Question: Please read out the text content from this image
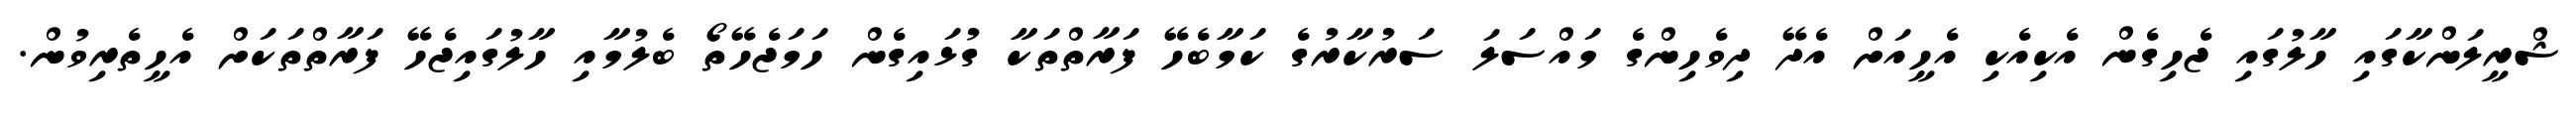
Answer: ޝްރީލަންކާގައި ހާލުގައި ޖެހިގެން އެކިއެކި އެހީއަށް އެދޭ ދިވެހިންގެ މައްސަލަ ސަރުކާރުގެ ކަމާބެހޭ ފަރާތްތަކާ ގުޅައިގެން ހަމަޖެހޭތޯ ބެލުމާއި ހާލުގައިޖެހޭ ފަރާތްތަކަށް އެހީތެރިވުން.